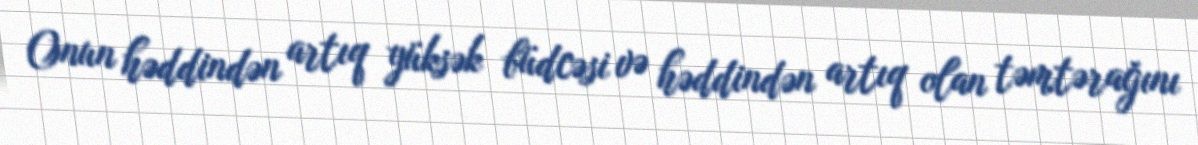
Onun həddindən artıq yüksək büdcəsi və həddindən artıq olan təmtərağını